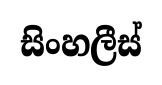
සිංහලීස්